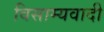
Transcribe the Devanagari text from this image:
विसाम्यवादी